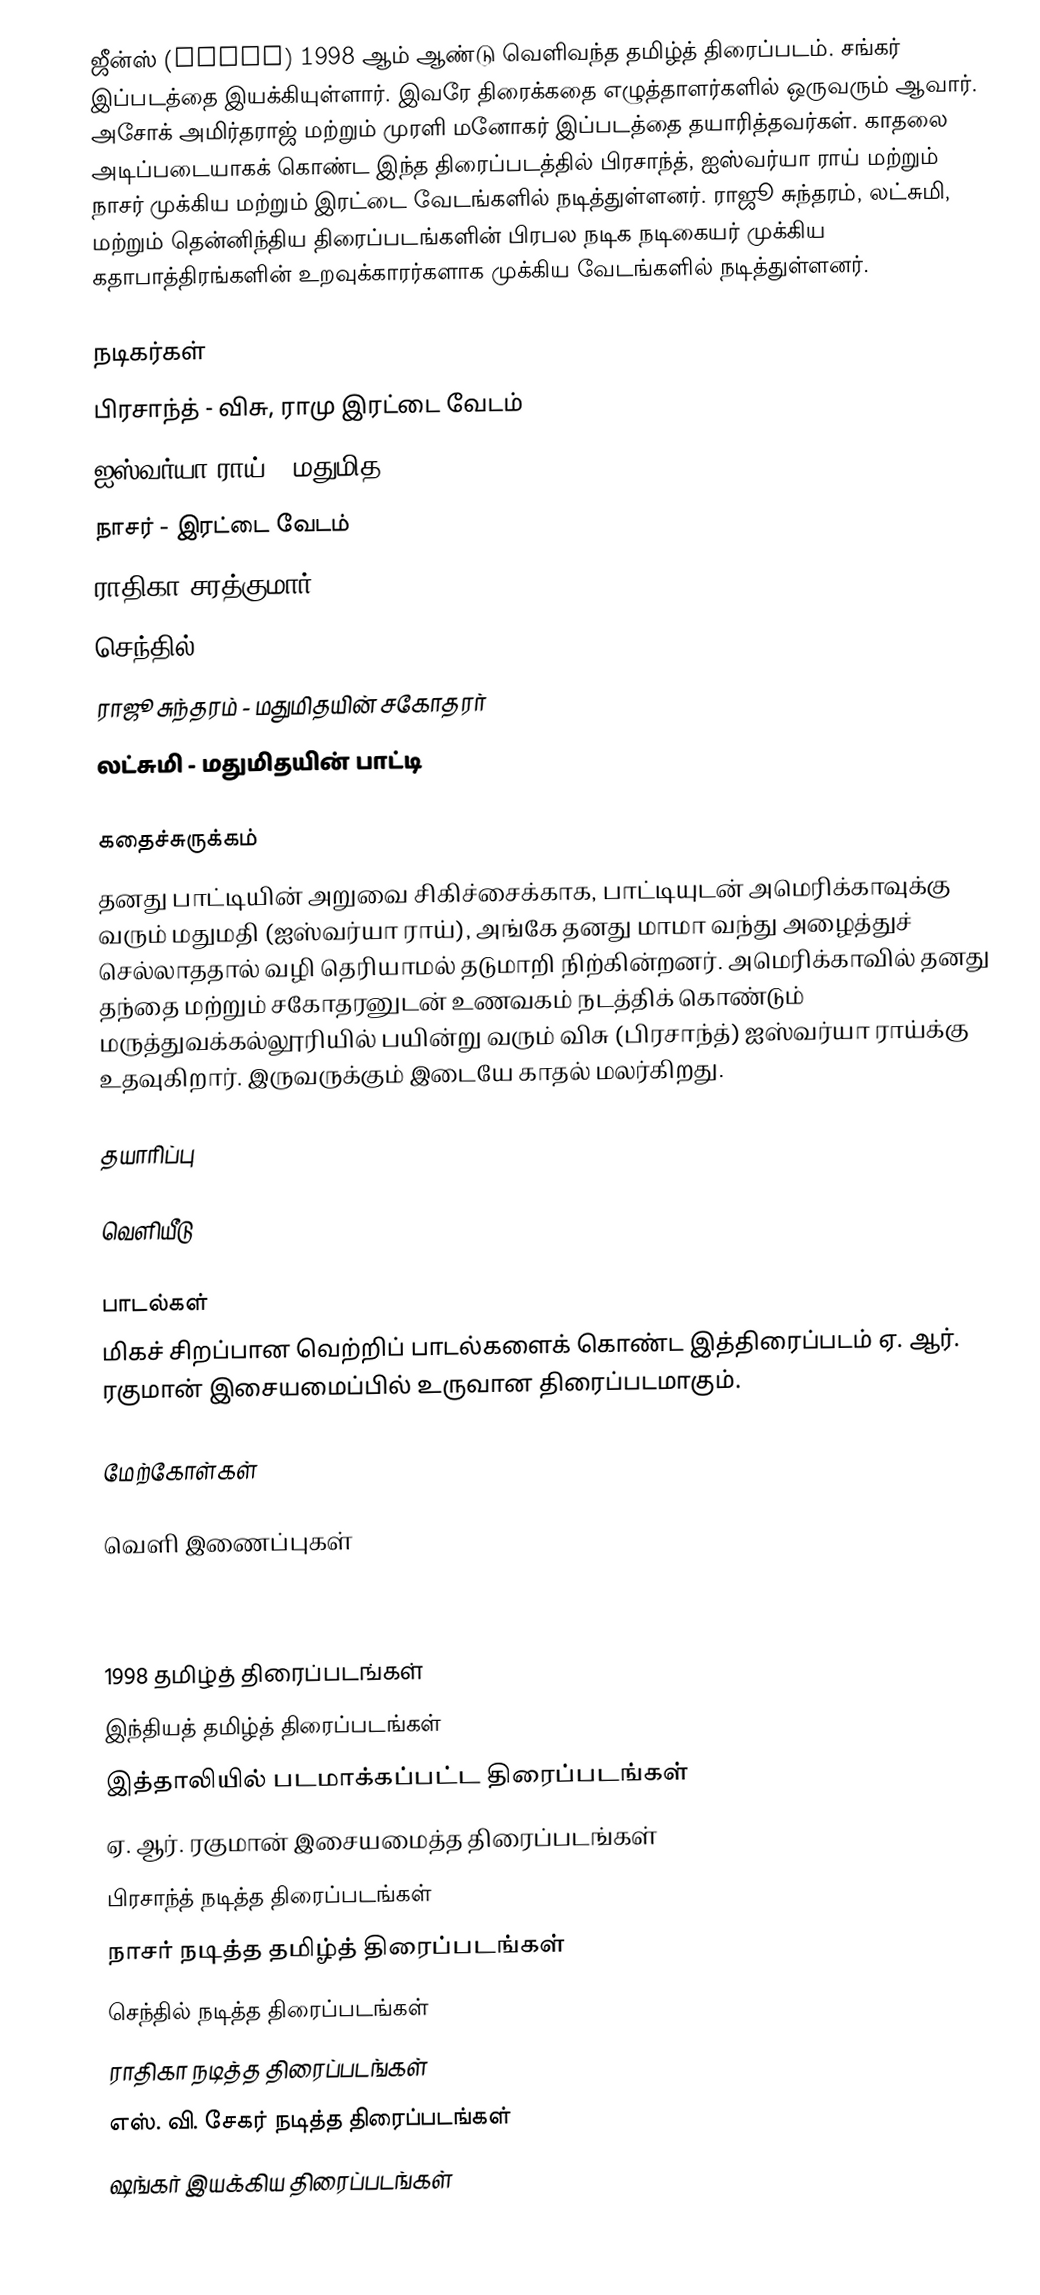
ஜீன்ஸ் (Jeans) 1998 ஆம் ஆண்டு வெளிவந்த தமிழ்த் திரைப்படம். சங்கர் இப்படத்தை இயக்கியுள்ளார். இவரே திரைக்கதை எழுத்தாளர்களில் ஒருவரும் ஆவார். அசோக் அமிர்தராஜ் மற்றும் முரளி மனோகர் இப்படத்தை தயாரித்தவர்கள். காதலை அடிப்படையாகக் கொண்ட இந்த திரைப்படத்தில் பிரசாந்த், ஐஸ்வர்யா ராய் மற்றும் நாசர் முக்கிய மற்றும் இரட்டை வேடங்களில் நடித்துள்ளனர். ராஜூ சுந்தரம், லட்சுமி, மற்றும் தென்னிந்திய திரைப்படங்களின் பிரபல நடிக நடிகையர் முக்கிய கதாபாத்திரங்களின் உறவுக்காரர்களாக முக்கிய வேடங்களில் நடித்துள்ளனர்.

நடிகர்கள்
 பிரசாந்த் - விசு, ராமு  இரட்டை வேடம்
 ஐஸ்வர்யா ராய் - மதுமித
 நாசர் - இரட்டை வேடம்
 ராதிகா சரத்குமார்
 செந்தில்
 ராஜூ சுந்தரம் - மதுமிதயின் சகோதரர்
 லட்சுமி - மதுமிதயின் பாட்டி

கதைச்சுருக்கம்
தனது பாட்டியின் அறுவை சிகிச்சைக்காக, பாட்டியுடன் அமெரிக்காவுக்கு வரும் மதுமதி (ஐஸ்வர்யா ராய்), அங்கே தனது மாமா வந்து அழைத்துச் செல்லாததால் வழி தெரியாமல் தடுமாறி நிற்கின்றனர். அமெரிக்காவில் தனது தந்தை மற்றும் சகோதரனுடன் உணவகம் நடத்திக் கொண்டும் மருத்துவக்கல்லூரியில் பயின்று வரும் விசு (பிரசாந்த்) ஐஸ்வர்யா ராய்க்கு உதவுகிறார். இருவருக்கும் இடையே காதல் மலர்கிறது.

தயாரிப்பு

வெளியீடு

பாடல்கள்
மிகச் சிறப்பான வெற்றிப் பாடல்களைக் கொண்ட இத்திரைப்படம் ஏ. ஆர். ரகுமான் இசையமைப்பில் உருவான திரைப்படமாகும்.

மேற்கோள்கள்

வெளி இணைப்புகள்

1998 தமிழ்த் திரைப்படங்கள்
இந்தியத் தமிழ்த் திரைப்படங்கள்
இத்தாலியில் படமாக்கப்பட்ட திரைப்படங்கள்
ஏ. ஆர். ரகுமான் இசையமைத்த திரைப்படங்கள்
பிரசாந்த் நடித்த திரைப்படங்கள்
நாசர் நடித்த தமிழ்த் திரைப்படங்கள்
செந்தில் நடித்த திரைப்படங்கள்
ராதிகா நடித்த திரைப்படங்கள்
எஸ். வி. சேகர் நடித்த திரைப்படங்கள்
ஷங்கர் இயக்கிய திரைப்படங்கள்